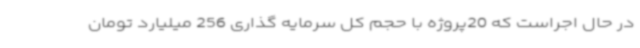
در حال اجراست که 20پروژه با حجم کل سرمایه گذاری 256 میلیارد تومان